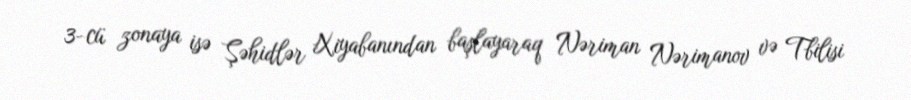
3-cü zonaya isə Şəhidlər Xiyabanından başlayaraq Nəriman Nərimanov və Tbilisi